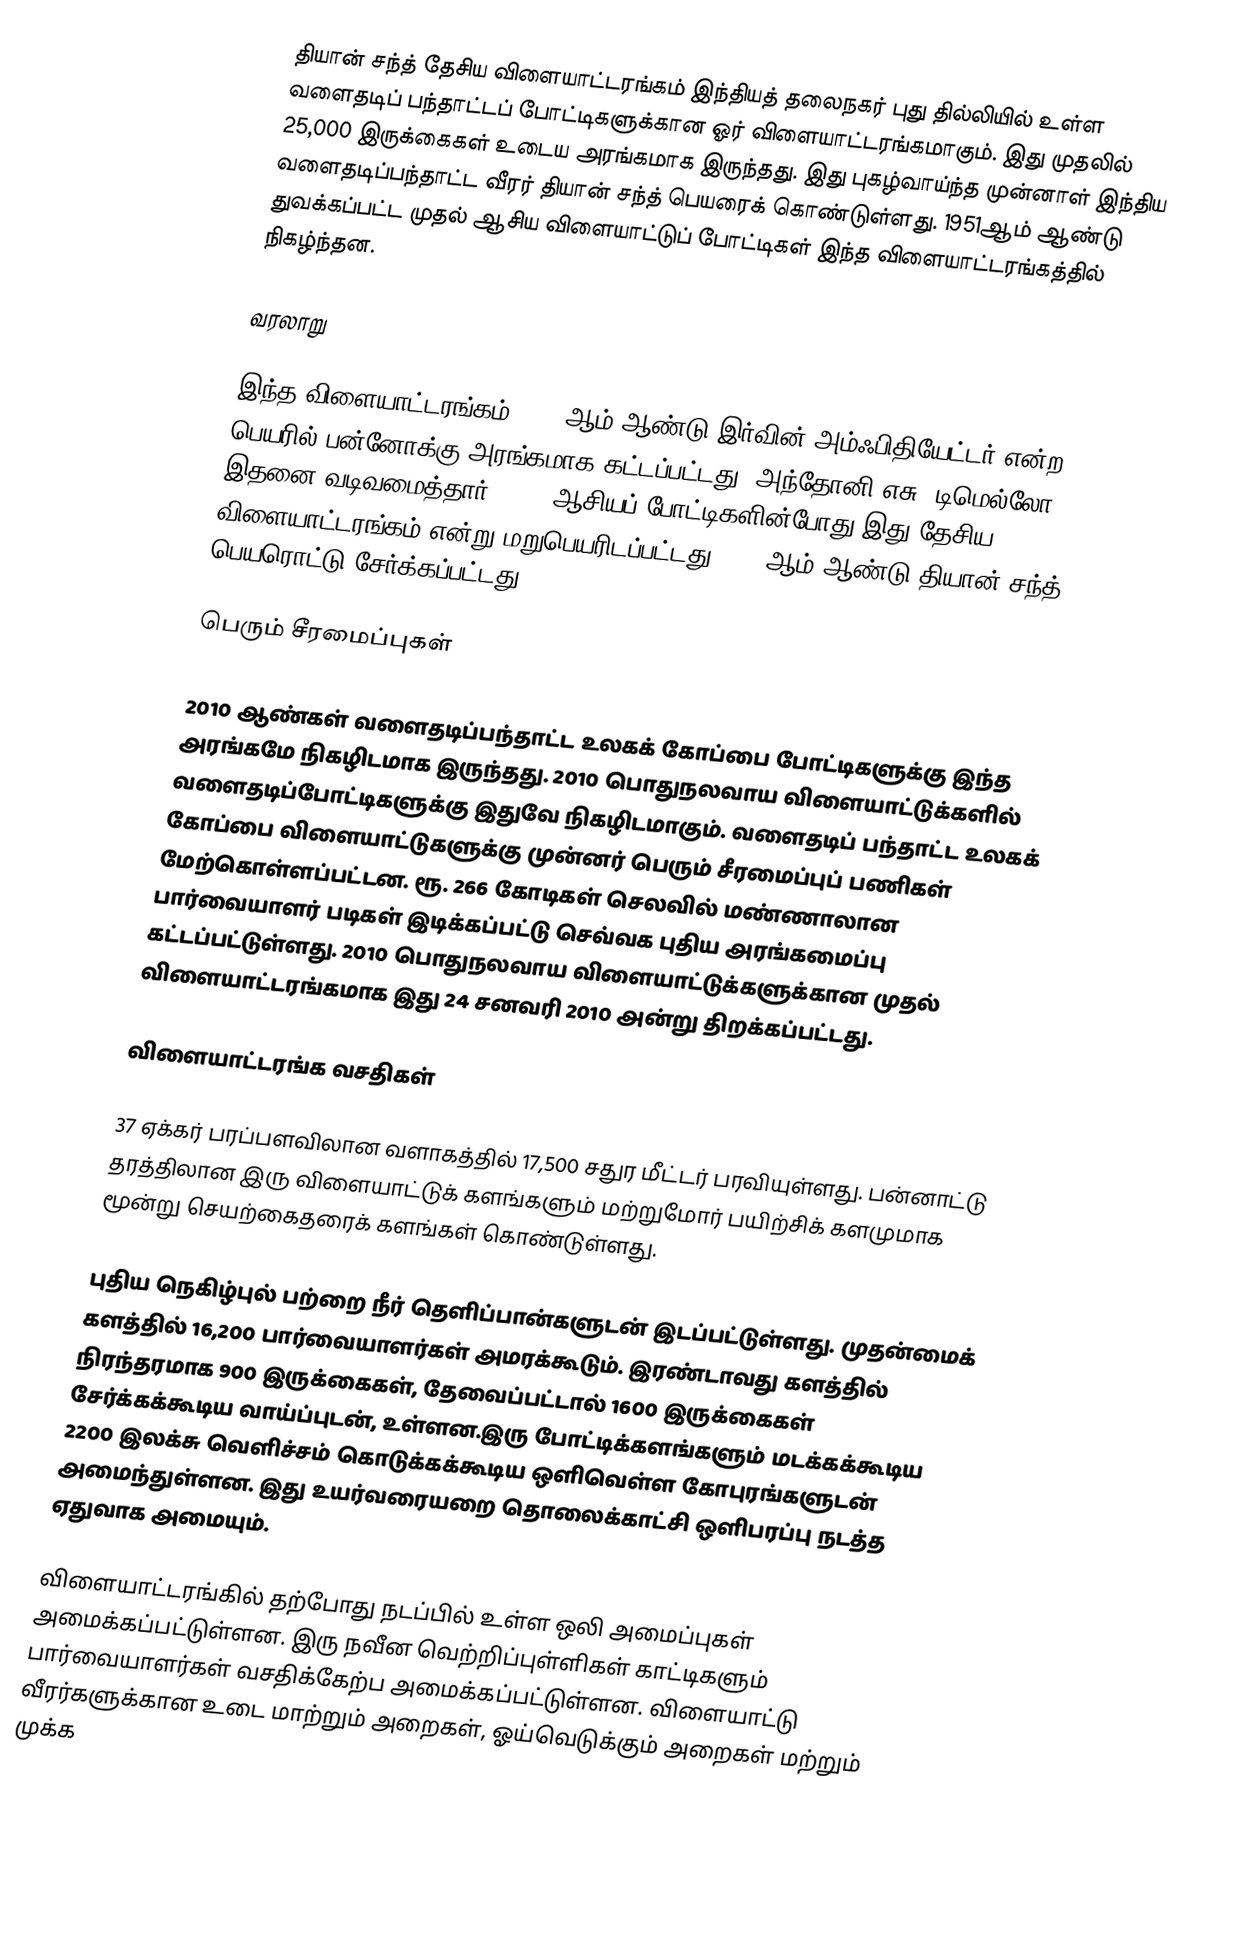
தியான் சந்த் தேசிய விளையாட்டரங்கம் இந்தியத் தலைநகர் புது தில்லியில் உள்ள வளைதடிப் பந்தாட்டப் போட்டிகளுக்கான ஓர் விளையாட்டரங்கமாகும். இது முதலில் 25,000 இருக்கைகள் உடைய அரங்கமாக இருந்தது. இது புகழ்வாய்ந்த முன்னாள் இந்திய வளைதடிப்பந்தாட்ட வீரர் தியான் சந்த் பெயரைக் கொண்டுள்ளது. 1951ஆம் ஆண்டு துவக்கப்பட்ட முதல் ஆசிய விளையாட்டுப் போட்டிகள் இந்த விளையாட்டரங்கத்தில் நிகழ்ந்தன.

வரலாறு

இந்த விளையாட்டரங்கம் 1933 ஆம் ஆண்டு இர்வின் அம்ஃபிதியேட்டர் என்ற பெயரில் பன்னோக்கு அரங்கமாக கட்டப்பட்டது. அந்தோனி எசு, டிமெல்லோ இதனை வடிவமைத்தார். 1951 ஆசியப் போட்டிகளின்போது இது தேசிய விளையாட்டரங்கம் என்று மறுபெயரிடப்பட்டது. 2002ஆம் ஆண்டு தியான் சந்த் பெயரொட்டு சேர்க்கப்பட்டது.

பெரும் சீரமைப்புகள்

2010 ஆண்கள் வளைதடிப்பந்தாட்ட உலகக் கோப்பை போட்டிகளுக்கு இந்த அரங்கமே நிகழிடமாக இருந்தது. 2010 பொதுநலவாய விளையாட்டுக்களில் வளைதடிப்போட்டிகளுக்கு இதுவே நிகழிடமாகும். வளைதடிப் பந்தாட்ட உலகக் கோப்பை விளையாட்டுகளுக்கு முன்னர் பெரும் சீரமைப்புப் பணிகள் மேற்கொள்ளப்பட்டன. ரூ. 266 கோடிகள் செலவில் மண்ணாலான பார்வையாளர் படிகள் இடிக்கப்பட்டு செவ்வக புதிய அரங்கமைப்பு கட்டப்பட்டுள்ளது. 2010 பொதுநலவாய விளையாட்டுக்களுக்கான முதல் விளையாட்டரங்கமாக இது 24 சனவரி 2010 அன்று திறக்கப்பட்டது.

விளையாட்டரங்க வசதிகள்

37 ஏக்கர் பரப்பளவிலான வளாகத்தில் 17,500 சதுர மீட்டர் பரவியுள்ளது. பன்னாட்டு தரத்திலான இரு விளையாட்டுக் களங்களும் மற்றுமோர் பயிற்சிக் களமுமாக மூன்று செயற்கைதரைக் களங்கள் கொண்டுள்ளது.

புதிய நெகிழ்புல் பற்றை நீர் தெளிப்பான்களுடன் இடப்பட்டுள்ளது. முதன்மைக் களத்தில் 16,200 பார்வையாளர்கள் அமரக்கூடும். இரண்டாவது களத்தில் நிரந்தரமாக 900 இருக்கைகள், தேவைப்பட்டால் 1600 இருக்கைகள் சேர்க்கக்கூடிய வாய்ப்புடன், உள்ளன.இரு போட்டிக்களங்களும் மடக்கக்கூடிய 2200 இலக்சு வெளிச்சம் கொடுக்கக்கூடிய ஒளிவெள்ள கோபுரங்களுடன் அமைந்துள்ளன. இது உயர்வரையறை தொலைக்காட்சி ஒளிபரப்பு நடத்த ஏதுவாக அமையும்.

விளையாட்டரங்கில் தற்போது நடப்பில் உள்ள ஒலி அமைப்புகள் அமைக்கப்பட்டுள்ளன. இரு நவீன வெற்றிப்புள்ளிகள் காட்டிகளும் பார்வையாளர்கள் வசதிக்கேற்ப அமைக்கப்பட்டுள்ளன. விளையாட்டு வீரர்களுக்கான உடை மாற்றும் அறைகள், ஓய்வெடுக்கும் அறைகள் மற்றும் முக்க